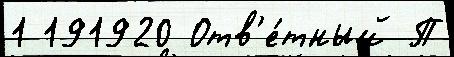
1 191920 Отв'е́тный П